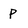
Character: P